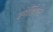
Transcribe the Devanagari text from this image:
स्पेशिएल